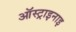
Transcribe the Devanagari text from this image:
ऑस्ट्राइनाइ